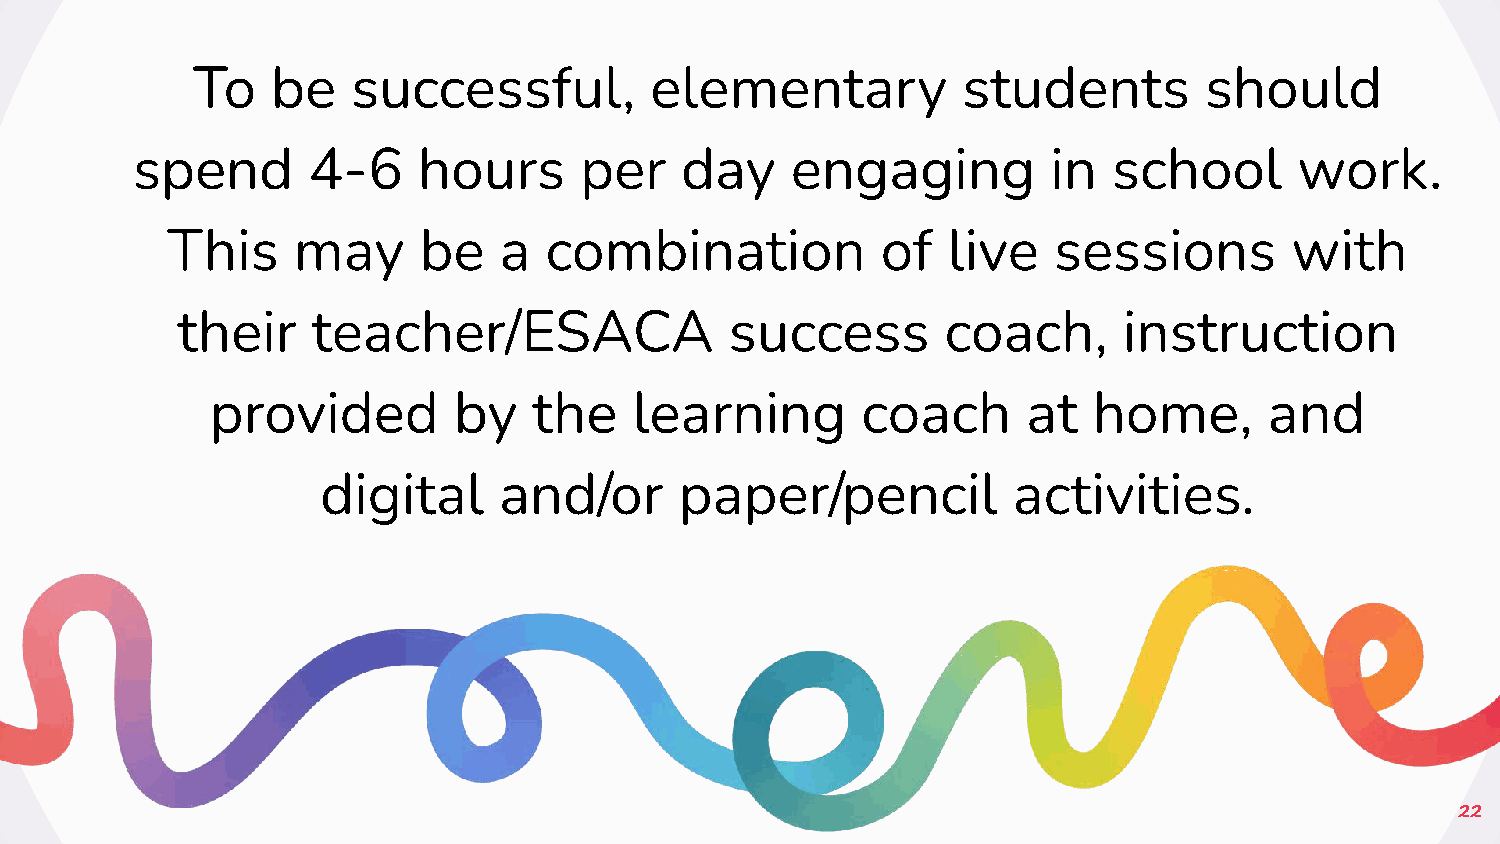
To   be   successful,         elementary           students        should
 spend      4-6     hours     per    day    engaging          in  school      work.
 This    may      be   a  combination           of   live   sessions       with
 their    teacher/ESACA              success        coach,     instruction
 provided        by   the    learning       coach      at  home,       and
 digital     and/or      paper/pencil          activities.
 22